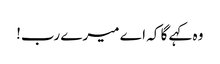
وہ کہے گا کہ اے میرے رب!